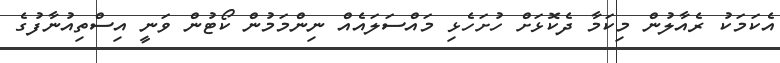
އެކަމަކު ރެއާލުން މިކަމާ ދެކޮޅަށް ހުށަހެޅި މައްސަލައެއް ނިންމަމުން ކޯޓުން ވަނީ އިސްތިއުނާފުގެ